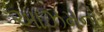
આઝમનો